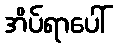
အိပ်ရာပေါ်